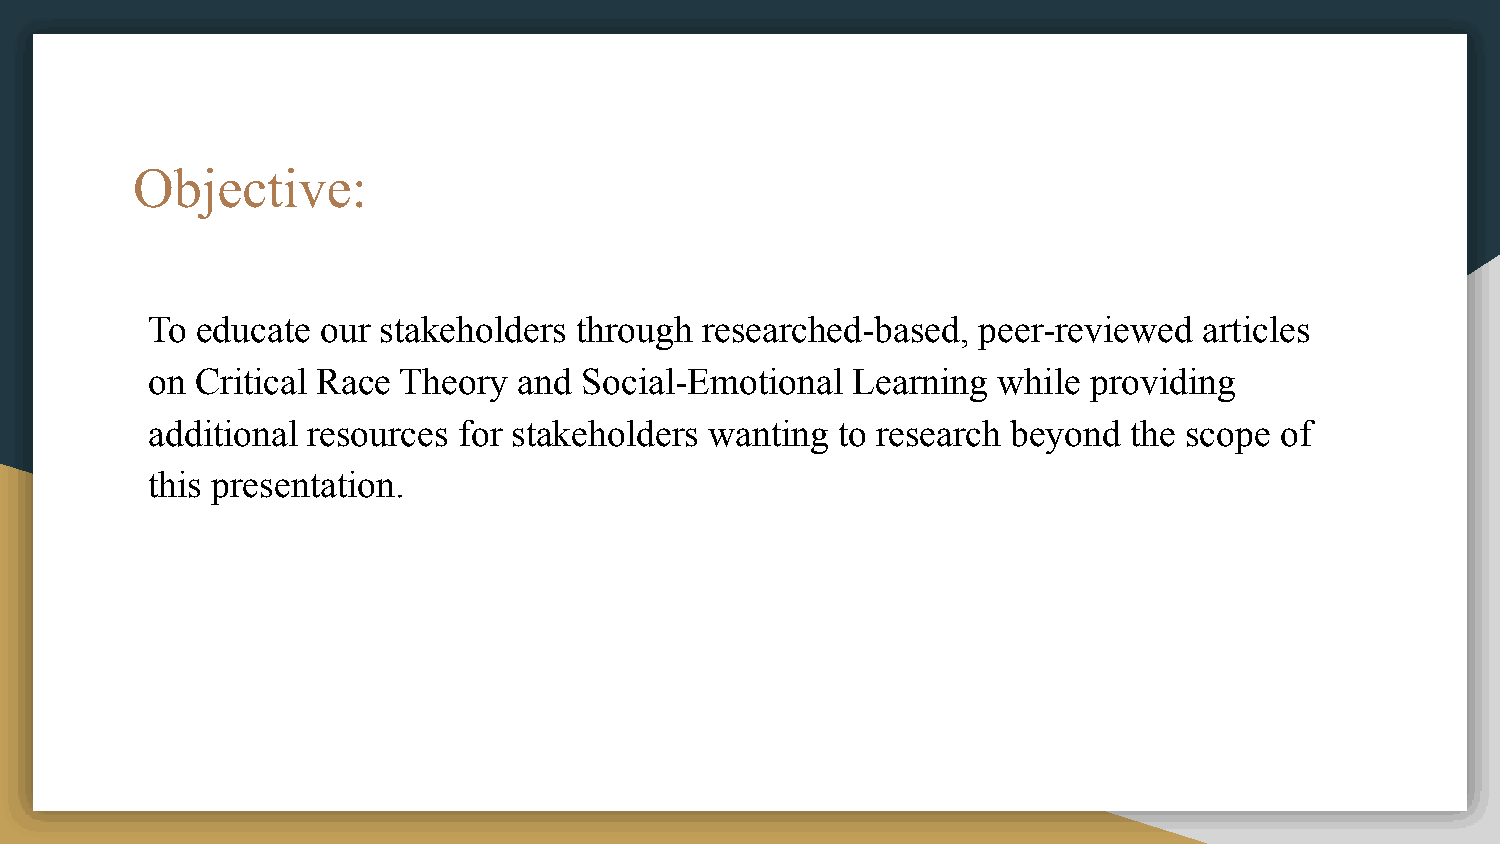
Objective:
 To educate our stakeholders through  researched-based, peer-reviewed  articles
 on Critical Race Theory and  Social-Emotional Learning  while providing
 additional resources for stakeholders wanting to research beyond the scope of
 this presentation.